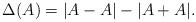
LaTeX: \begin{align*}\Delta(A) = |A - A| - |A+A|.\end{align*}